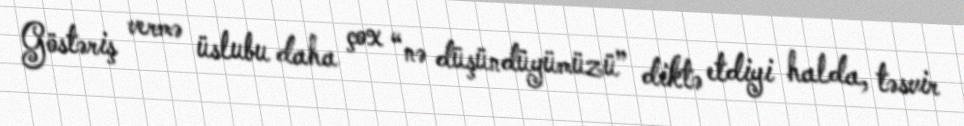
Göstəriş vermə üslubu daha çox “nə düşündüyümüzü” diktə etdiyi halda, təsvir